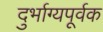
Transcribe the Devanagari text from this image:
दुर्भाग्यपूर्वक